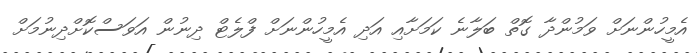
އެމީހުންނަށް ވަމުންދާ ގޮތް ބަލާނެ ކަމަށާއި އަދި އެމީހުންނަށް ފްލެޓް ދިނުން އަވަސްކޮށްދިނުމަށް